Indian journal of veterinary science and animal husbandry - Volume 13,
Year: 1943
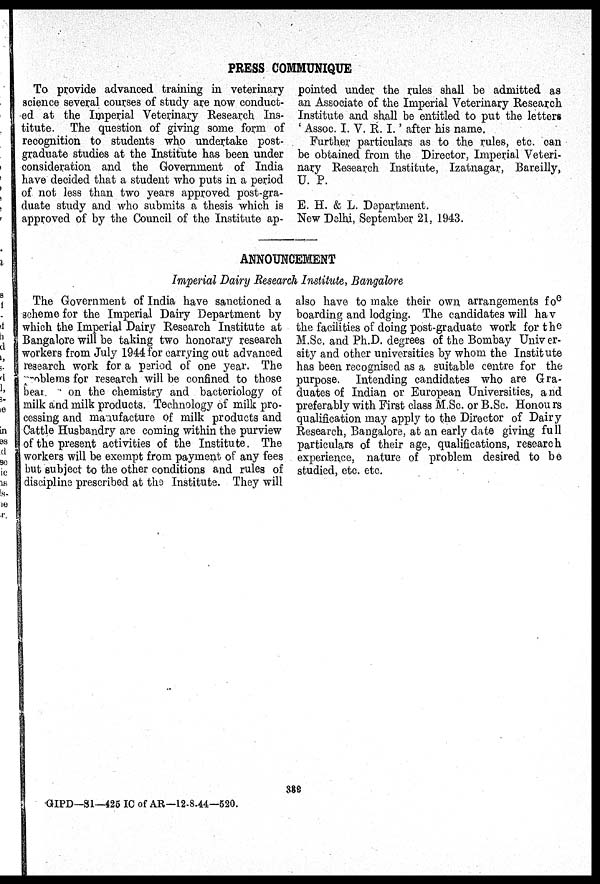
PRESS COMMUNIQUE
To provide advanced training in veterinary
science several courses of study are now conduct-
ed at the Imperial Veterinary Research Ins-
titute. The question of giving some form of
recognition to students who undertake post-
graduate studies at the Institute has been under
consideration and the Government of India
have decided that a student who puts in a period
of not less than two years approved post-gra-
duate study and who submits a thesis which is
approved of by the Council of the Institute ap-
pointed under the rules shall be admitted as
an Associate of the Imperial Veterinary Research
Institute and shall be entitled to put the letters
'Assoc. I. V. R. I.' after his name.
Further particulars as to the rules, etc. can
be obtained from the Director, Imperial Veteri-
nary Research Institute, Izatnagar, Bareilly,
U. P.
E. H. & L. Department.
New Delhi, September 21, 1943.
ANNOUNCEMENT
Imperial Dairy Research Institute, Bangalore
The Government of India have sanctioned a
scheme for the Imperial Dairy Department by
which the Imperial Dairy Research Institute at
Bangalore will be taking two honorary research
workers from July 1944 for carrying out advanced
research work for a period of one year. The
problems for research will be confined to those
bear.
on the chemistry and bacteriology of
milk and milk products. Technology of milk pro-
cessing and manufacture of milk products and
Cattle Husbandry are coming within the purview
of the present activities of the Institute. The
workers will be exempt from payment of any fees
but subject to the other conditions and rules of
discipline prescribed at the Institute. They will
also have to make their own, arrangements for
boarding and lodging. The candidates will have
the facilities of doing post-graduate work for the
M.Sc. and Ph.D. degrees of the Bombay Univer-
sity and other universities by whom the Institute
has been recognised as a suitable centre for the
purpose. Intending candidates who are Gra-
duates of Indian or European Universities, and
preferably with First class M.Sc. or B.Sc. Honours
qualification may apply to the Director of Dairy
Research, Bangalore, at an early date giving full
particulars of their age, qualifications, research
experience, nature of problem desired to be
studied, etc. etc.
339
GIPD—S1—425 IC of AR—12-8-44—520.